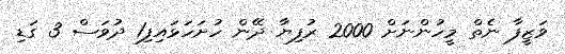
ވަޒީފާ ނެތް މީހުންނަށް 2000 ރުފިޔާ ދޭން ހުށަހަޅައިފި1 ދުވަސް 3 ގަޑި